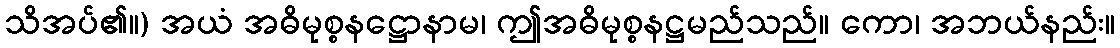
သိအပ်၏။) အယံ အဓိမုစ္စနဋ္ဌောနာမ၊ ဤအဓိမုစ္စနဋ္ဌမည်သည်။ ကော၊ အဘယ်နည်း။